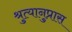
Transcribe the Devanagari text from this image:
श्रुत्यानुप्रास